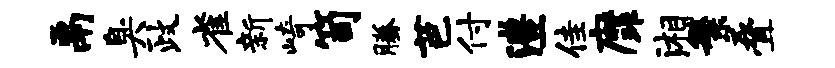
鬲臭政雀新崎笥腾芭付澧佳縻湘繁叠